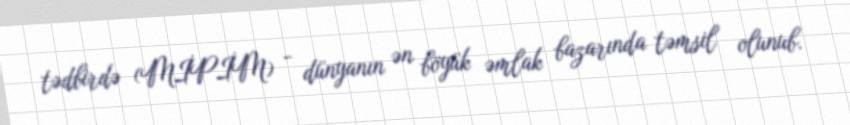
tədbirdə (MİPİM) - dünyanın ən böyük əmlak bazarında təmsil olunub.